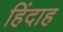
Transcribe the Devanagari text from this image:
हिंदाह